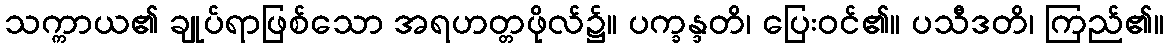
သက္ကာယ၏ ချုပ်ရာဖြစ်သော အရဟတ္တဖိုလ်၌။ ပက္ခန္ဒတိ၊ ပြေးဝင်၏။ ပသီဒတိ၊ ကြည်၏။